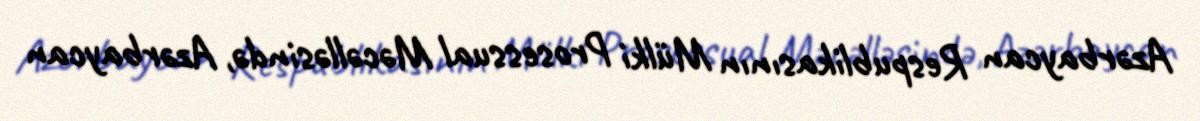
Azərbaycan Respublikasının Mülki Prosessual Məcəlləsində, Azərbaycan